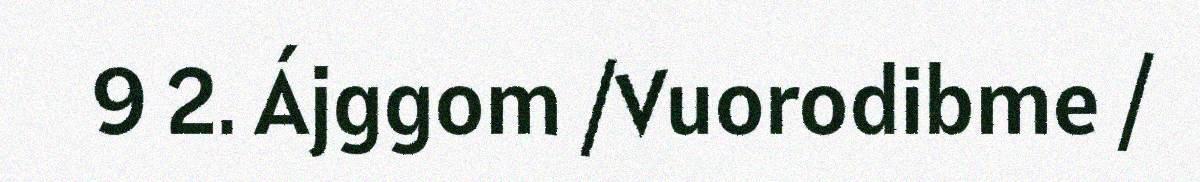
9 2. Ájggom /Vuorodibme /